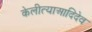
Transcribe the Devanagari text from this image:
केलीत्याआदिदेव